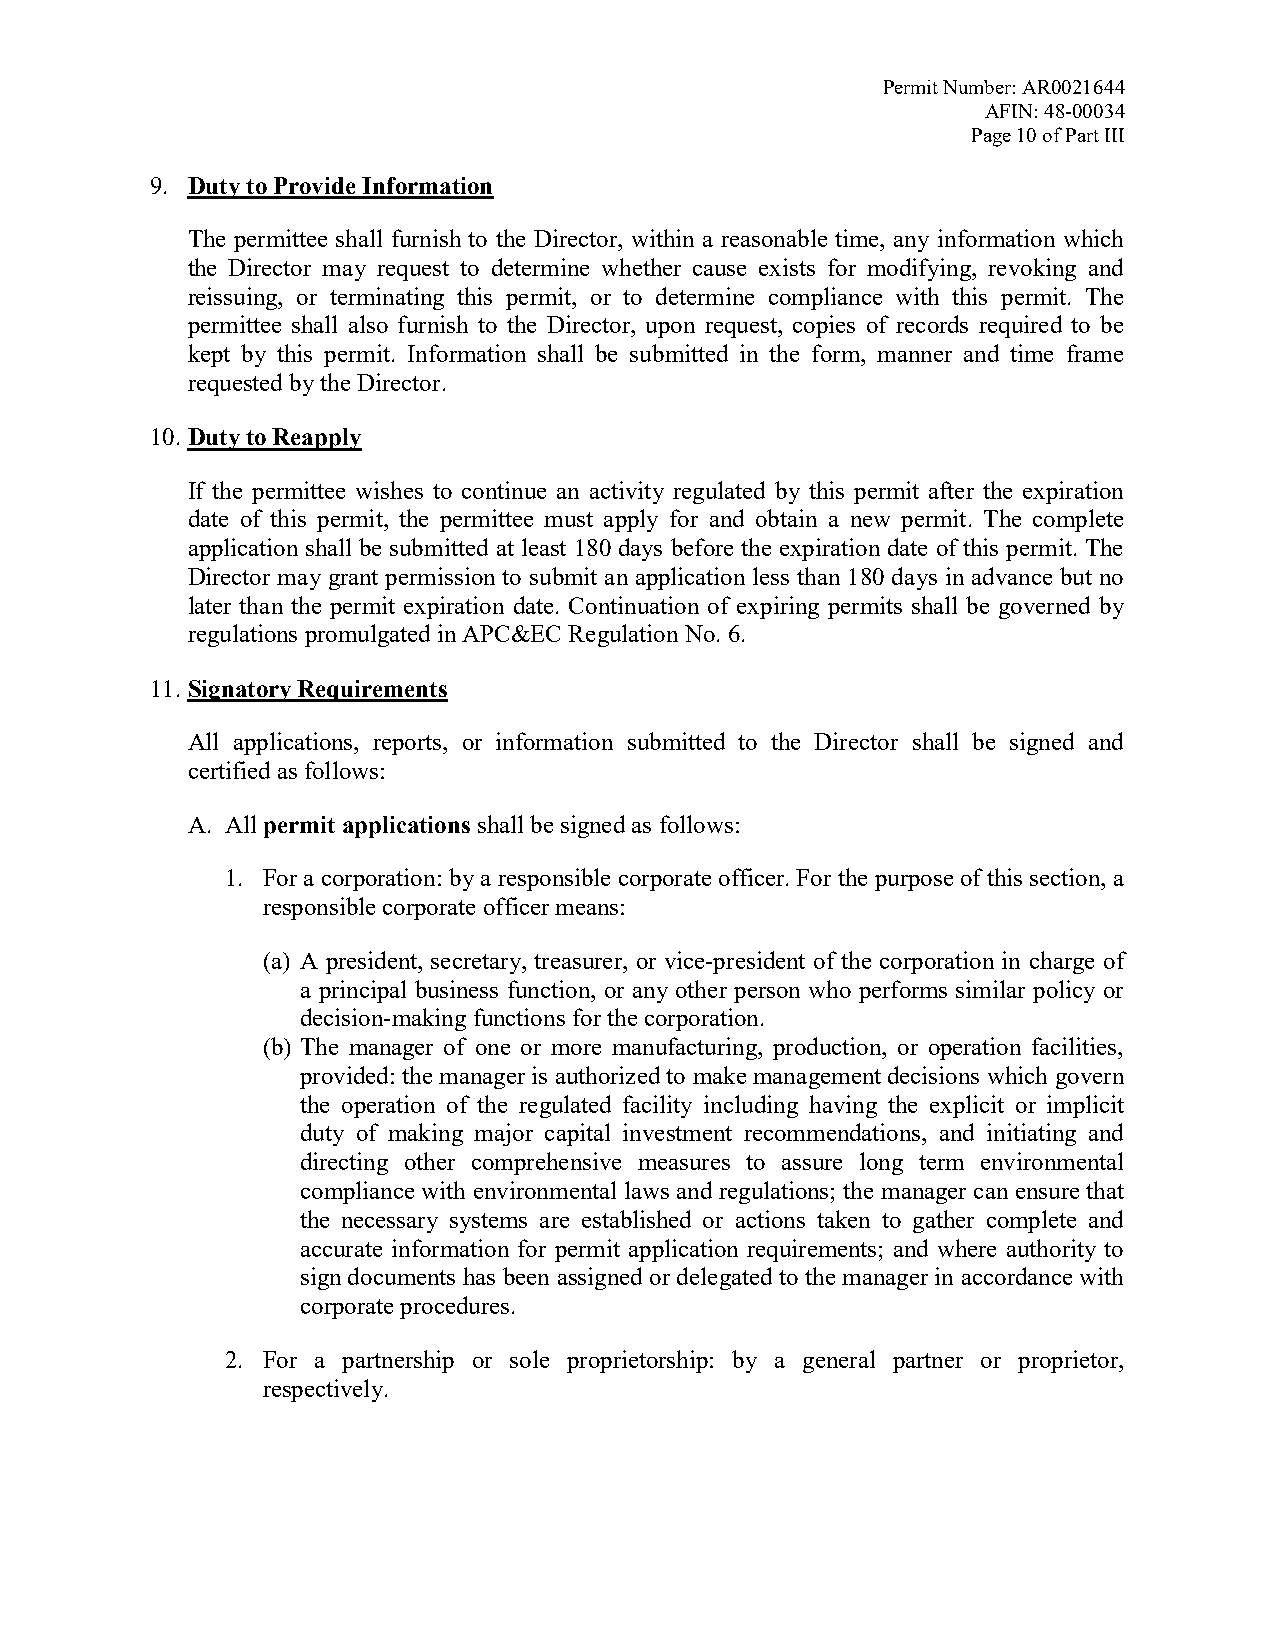
Permit Number: AR0021644
 AFIN: 48-00034
 Page 10 of Part III
 9. Duty to Provide Information
 The permittee shall furnish to the Director, within a reasonable time, any information which
 the Director may request to determine whether cause exists for modifying, revoking and
 reissuing, or terminating this permit, or to determine compliance with this permit. The
 permittee shall also furnish to the Director, upon request, copies of records required to be
 kept by this permit. Information shall be submitted in the form, manner and time frame
 requested by the Director.
 10. Duty to Reapply
 If the permittee wishes to continue an activity regulated by this permit after the expiration
 date of this permit, the permittee must apply for and obtain a new permit. The complete
 application shall be submitted at least 180 days before the expiration date of this permit. The
 Director may grant permission to submit an application less than 180 days in advance but no
 later than the permit expiration date. Continuation of expiring permits shall be governed by
 regulations promulgated in APC&EC Regulation No. 6.
 11. Signatory Requirements
 All applications, reports, or information submitted to the Director shall be signed and
 certified as follows:
 A. All permit applications shall be signed as follows:
 1. For a corporation: by a responsible corporate officer. For the purpose of this section, a
 responsible corporate officer means:
 (a) A president, secretary, treasurer, or vice-president of the corporation in charge of
 a principal business function, or any other person who performs similar policy or
 decision-making functions for the corporation.
 (b) The manager of one or more manufacturing, production, or operation facilities,
 provided: the manager is authorized to make management decisions which govern
 the operation of the regulated facility including having the explicit or implicit
 duty of making major capital investment recommendations, and initiating and
 directing other comprehensive measures to assure long term environmental
 compliance with environmental laws and regulations; the manager can ensure that
 the necessary systems are established or actions taken to gather complete and
 accurate information for permit application requirements; and where authority to
 sign documents has been assigned or delegated to the manager in accordance with
 corporate procedures.
 2. For a partnership or sole proprietorship: by a general partner or proprietor,
 respectively.